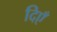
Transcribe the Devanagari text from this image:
दिएँ